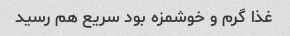
غذا گرم و خوشمزه بود سریع هم رسید